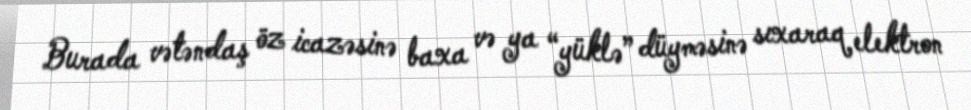
Burada vətəndaş öz icazəsinə baxa və ya “yüklə” düyməsinə sıxaraq elektron